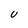
Character: U